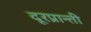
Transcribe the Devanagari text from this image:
दूरप्रान्ती